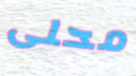
محلى